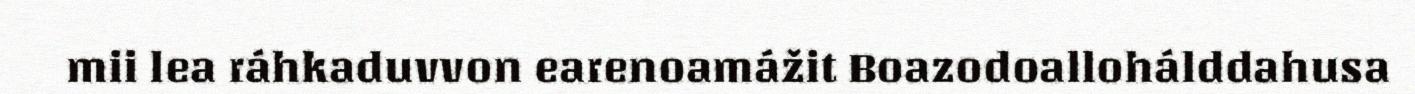
mii lea ráhkaduvvon earenoamážit Boazodoallohálddahusa